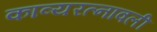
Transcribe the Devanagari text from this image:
काव्यरत्‍नावली